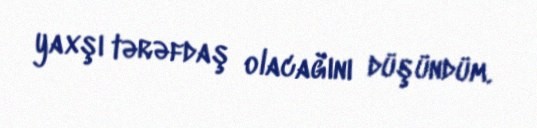
yaxşı tərəfdaş olacağını düşündüm.